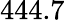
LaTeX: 444.7